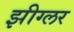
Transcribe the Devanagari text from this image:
झीग्लर